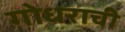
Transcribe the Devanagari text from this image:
गोधराची